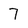
Character: 7